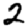
Digit: 2